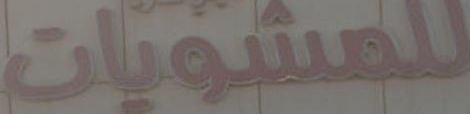
للمشويات